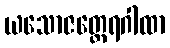
ယသောဇတ္ထေရဂါထာ